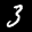
Label: 3